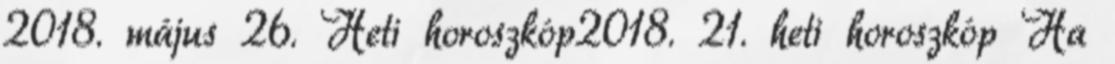
2018. május 26. Heti horoszkóp2018. 21. heti horoszkóp Ha